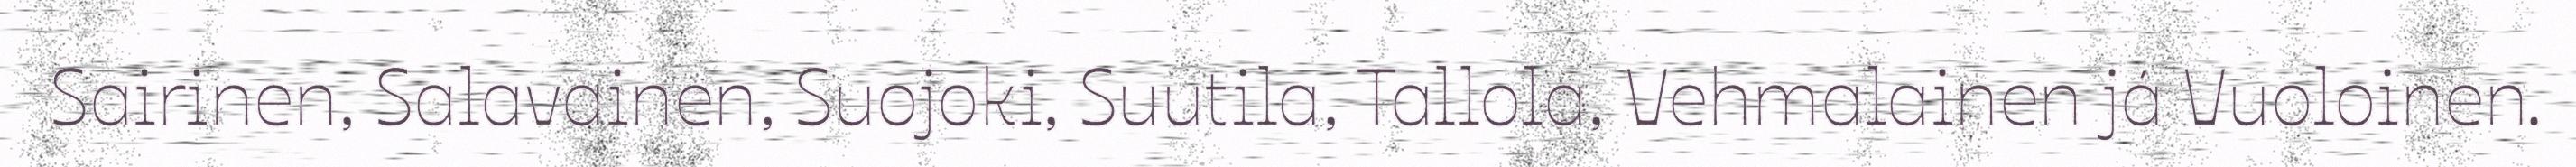
Sairinen, Salavainen, Suojoki, Suutila, Tallola, Vehmalainen já Vuoloinen.